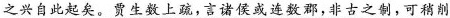
之兴自此起矣。\underline{贾生数上疏,言诞侯或连数郡,非古之制，可稍削}